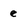
Character: e